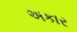
અકાર